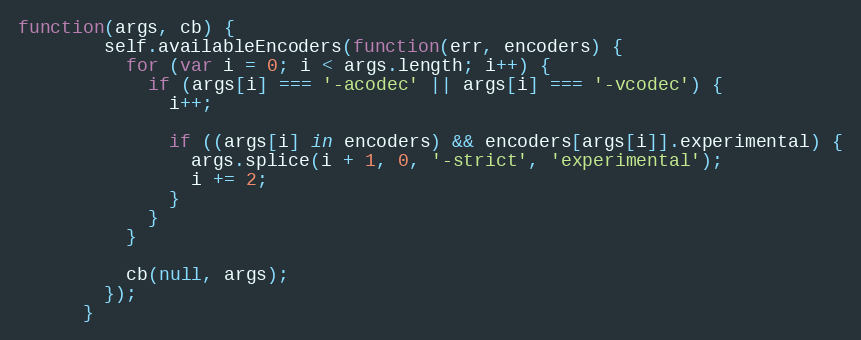
Language: JavaScript
function(args, cb) {
        self.availableEncoders(function(err, encoders) {
          for (var i = 0; i < args.length; i++) {
            if (args[i] === '-acodec' || args[i] === '-vcodec') {
              i++;

              if ((args[i] in encoders) && encoders[args[i]].experimental) {
                args.splice(i + 1, 0, '-strict', 'experimental');
                i += 2;
              }
            }
          }

          cb(null, args);
        });
      }